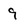
Character: 9